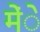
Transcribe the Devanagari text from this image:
मेंे